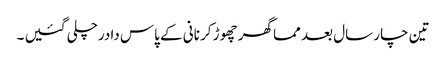
تین چار سال بعد مما گھر چھوڑ کر نانی کے پاس دادرچلی گئیں ۔